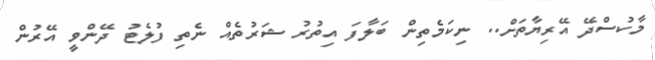
މާކުސްދޭ އޭރިޔާތަށް.. ނިކަމެތިން ބަލާފަ އިތުރު ޝަރުތެއް ނެތި ފުލެޓު ދޭންވީ އޭރުން